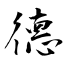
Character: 德